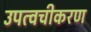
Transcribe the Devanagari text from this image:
उपत्वचीकरण